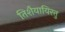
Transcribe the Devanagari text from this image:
तिशैयायिरत्तु